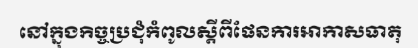
នៅក្នុងកិច្ចប្រជុំកំពូលស្តីពីផែនការអាកាសធាតុ